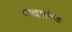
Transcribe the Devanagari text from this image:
चांदसमेद